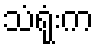
သံရုံးက